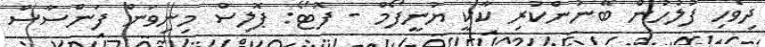
ދިވެހި ފުލުހުން ބޭނުންކުރި ކާކީ ޔުނީފޯމް - ފޮޓޯ: ޕޮލިސް މިނިވަން ފަންސާސް